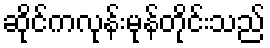
ဆိုင်ကလုန်းမုန်တိုင်းသည်